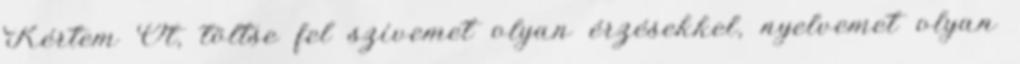
Kértem Őt, töltse fel szívemet olyan érzésekkel, nyelvemet olyan